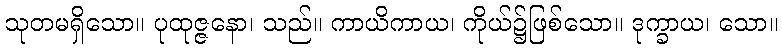
သုတမရှိသော။ ပုထုဇ္ဇနော၊ သည်။ ကာယိကာယ၊ ကိုယ်၌ဖြစ်သော။ ဒုက္ခာယ၊ သော။